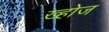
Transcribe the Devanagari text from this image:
ख्होज